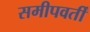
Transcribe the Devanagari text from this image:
समीपवर्तीं